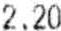
2.20